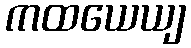
ကထယေယျ